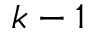
k - 1